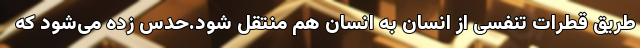
طریق قطرات تنفسی از انسان به انسان هم منتقل شود.حدس زده می‌شود که